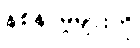
နစ်နာမှုများကို